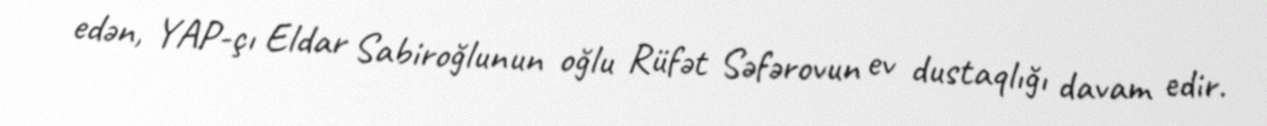
edən, YAP-çı Eldar Sabiroğlunun oğlu Rüfət Səfərovun ev dustaqlığı davam edir.